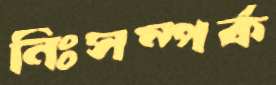
নিঃসম্পর্ক